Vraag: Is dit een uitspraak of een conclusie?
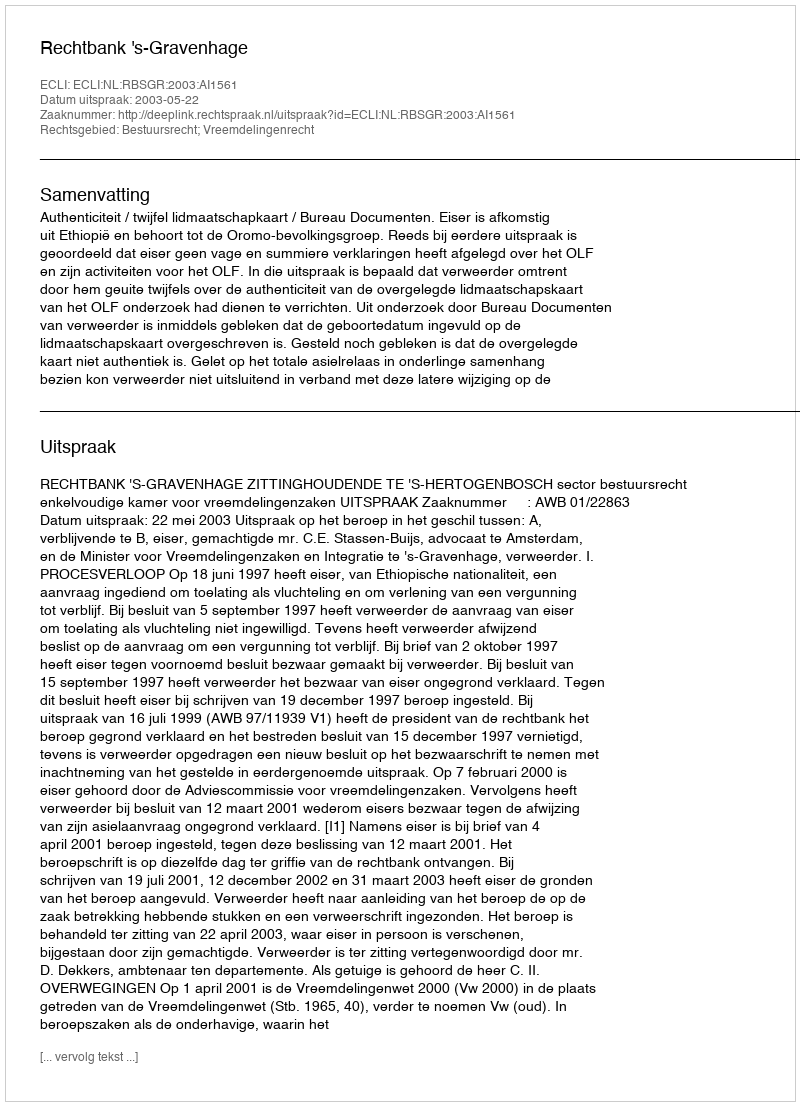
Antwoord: Uitspraak